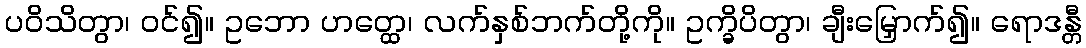
ပဝိသိတွာ၊ ဝင်၍။ ဥဘော ဟတ္ထေ၊ လက်နှစ်ဘက်တို့ကို။ ဥက္ခိပိတွာ၊ ချီးမြှောက်၍။ ရောဒန္တီ